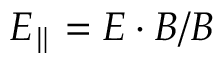
E _ { \parallel } = \boldsymbol { E } \cdot \boldsymbol { B } / B